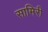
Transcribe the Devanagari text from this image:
सामिरी